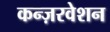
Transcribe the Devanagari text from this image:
कन्ज़रवेशन